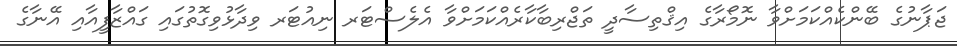
ޖަޕާނުގެ ބޭންކެއްކަމަށްވާ ނޮމޯރާގެ އިޤްތިސާދީ ތަޖްރިބާކާރެއްކަމަށްވާ އެލެސްޓަރ ނިއުޓަރ ވިދާޅުވިގޮތުގައި ގައްޒާފީއާއި އޭނާގެ